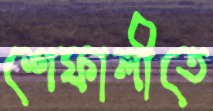
শেফালীতে